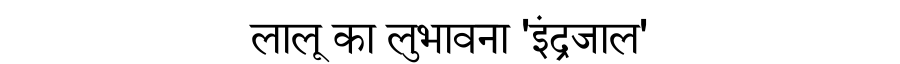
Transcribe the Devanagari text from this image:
लालू का लुभावना 'इंद्रजाल'